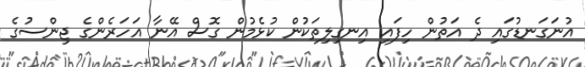
އުނަގަނޑުގައި ދެ އަތުން ހިފައި އިނގިލިތަކުން ކުޅެމުން ގޮސް އޭނާ އަހަރެންގެ ޖިންސުގެ